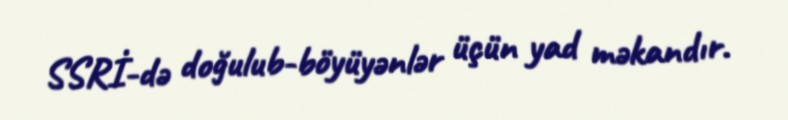
SSRİ-də doğulub-böyüyənlər üçün yad məkandır.